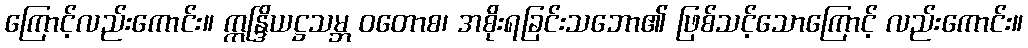
ကြောင့်လည်းကောင်း။ ဣန္ဒြိယဋ္ဌသမ္ဘ ဝတောစ၊ အစိုးရခြင်းသဘော၏ ဖြစ်သင့်သောကြောင့် လည်းကောင်း။